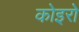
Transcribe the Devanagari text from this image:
कोइरो